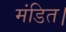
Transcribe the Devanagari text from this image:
मंडित।